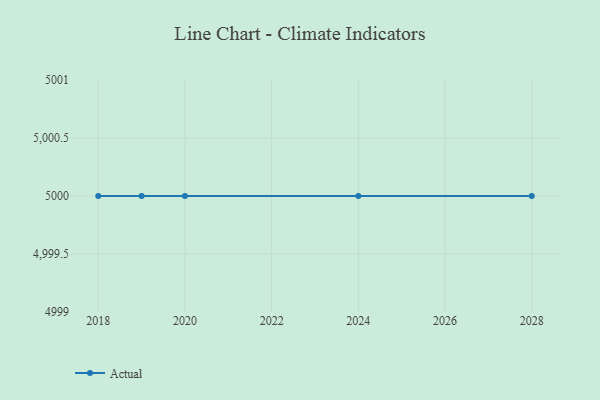
{"axis": {"x": "Year", "y": "Energy Usage (MWh)"}, "legend": ["Actual"], "data": [{"x": "2028", "y": 5000, "type": "Actual"}, {"x": "2020", "y": 5000, "type": "Actual"}, {"x": "2019", "y": 5000, "type": "Actual"}, {"x": "2024", "y": 5000, "type": "Actual"}, {"x": "2018", "y": 5000, "type": "Actual"}]}